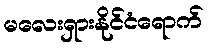
မလေးရှားနိုင်ငံရောက်